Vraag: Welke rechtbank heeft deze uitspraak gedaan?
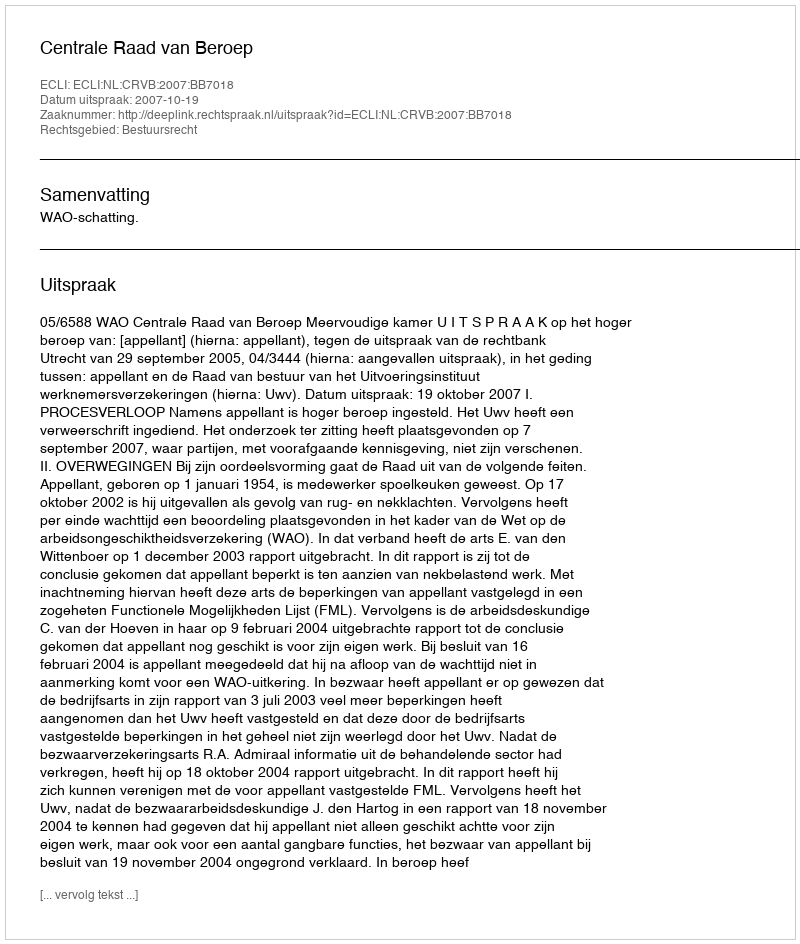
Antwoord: Centrale Raad van Beroep